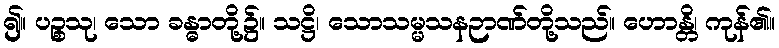
၍။ ပဉ္စသု၊ သော ခန္ဓာတို့၌။ သဋ္ဌိ၊ သောသမ္မသနဉာဏ်တို့သည်။ ဟောန္တိ၊ ကုန်၏။